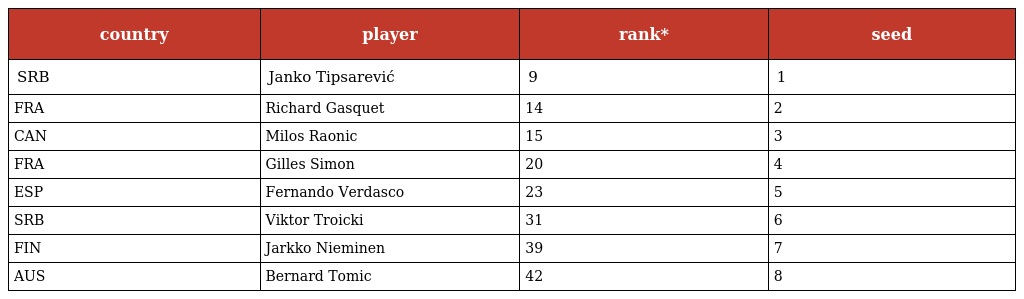
| country | player | rank* | seed |
 | --- | --- | --- | --- |
 | SRB | Janko Tipsarević | 9 | 1 |
 | FRA | Richard Gasquet | 14 | 2 |
 | CAN | Milos Raonic | 15 | 3 |
 | FRA | Gilles Simon | 20 | 4 |
 | ESP | Fernando Verdasco | 23 | 5 |
 | SRB | Viktor Troicki | 31 | 6 |
 | FIN | Jarkko Nieminen | 39 | 7 |
 | AUS | Bernard Tomic | 42 | 8 |